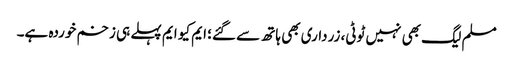
مسلم لیگ بھی نہیں ٹوٹی، زرداری بھی ہاتھ سے گئے؛ ایم کیو ایم پہلے ہی زخم خوردہ ہے۔